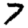
Digit: 7